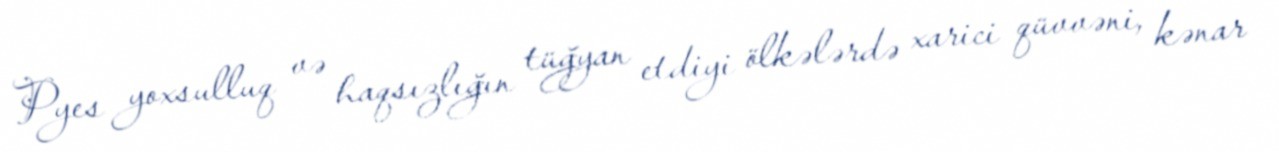
Pyes yoxsulluq və haqsızlığın tüğyan etdiyi ölkələrdə xarici qüvvəni, kənar